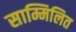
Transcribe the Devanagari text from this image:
साम्मिलित